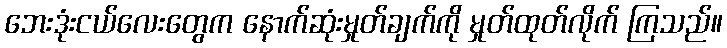
ဘေးဒုံးငယ်လေးတွေက နောက်ဆုံးမှုတ်ချက်ကို မှုတ်ထုတ်လိုက် ကြသည်။